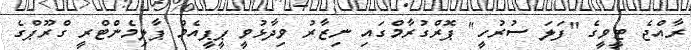
ރާއްްޖެ ޓީވީގެ "ފަލަ ސުރުހީ" ޕޮރްގުރާމްގައި ނިޒާރު ވިދާޅުވީ ޕީޕީއެމް ޕާލިމެންޓްރީ ގްރޫޕްގެ